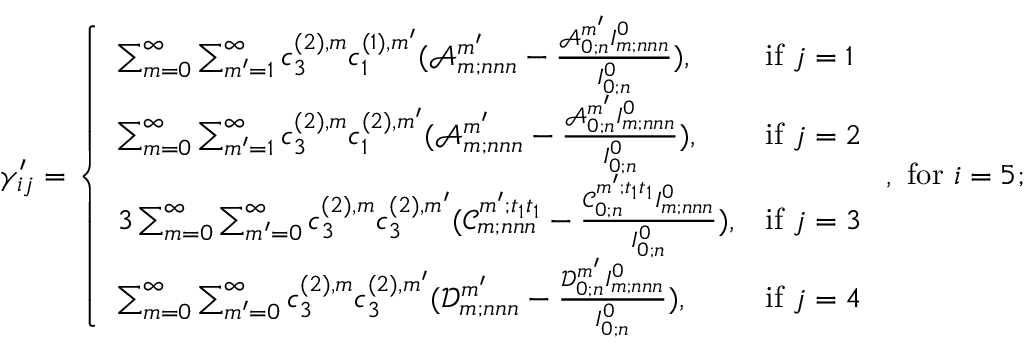
\gamma _ { i j } ^ { \prime } = \left\{ \begin{array} { l l } { \sum _ { m = 0 } ^ { \infty } \sum _ { m ^ { \prime } = 1 } ^ { \infty } c _ { 3 } ^ { ( 2 ) , m } c _ { 1 } ^ { ( 1 ) , m ^ { \prime } } ( \mathscr { A } _ { m ; n n n } ^ { m ^ { \prime } } - \frac { \mathscr { A } _ { 0 ; n } ^ { m ^ { \prime } } I _ { m ; n n n } ^ { 0 } } { I _ { 0 ; n } ^ { 0 } } ) , } & { \mathrm { i f ~ } j = 1 } \\ { \sum _ { m = 0 } ^ { \infty } \sum _ { m ^ { \prime } = 1 } ^ { \infty } c _ { 3 } ^ { ( 2 ) , m } c _ { 1 } ^ { ( 2 ) , m ^ { \prime } } ( \mathscr { A } _ { m ; n n n } ^ { m ^ { \prime } } - \frac { \mathscr { A } _ { 0 ; n } ^ { m ^ { \prime } } I _ { m ; n n n } ^ { 0 } } { I _ { 0 ; n } ^ { 0 } } ) , } & { \mathrm { i f ~ } j = 2 } \\ { 3 \sum _ { m = 0 } ^ { \infty } \sum _ { m ^ { \prime } = 0 } ^ { \infty } c _ { 3 } ^ { ( 2 ) , m } c _ { 3 } ^ { ( 2 ) , m ^ { \prime } } ( \mathscr { C } _ { m ; n n n } ^ { m ^ { \prime } ; t _ { 1 } t _ { 1 } } - \frac { \mathscr { C } _ { 0 ; n } ^ { m ^ { \prime } ; t _ { 1 } t _ { 1 } } I _ { m ; n n n } ^ { 0 } } { I _ { 0 ; n } ^ { 0 } } ) , } & { \mathrm { i f ~ } j = 3 } \\ { \sum _ { m = 0 } ^ { \infty } \sum _ { m ^ { \prime } = 0 } ^ { \infty } c _ { 3 } ^ { ( 2 ) , m } c _ { 3 } ^ { ( 2 ) , m ^ { \prime } } ( \mathscr { D } _ { m ; n n n } ^ { m ^ { \prime } } - \frac { \mathscr { D } _ { 0 ; n } ^ { m ^ { \prime } } I _ { m ; n n n } ^ { 0 } } { I _ { 0 ; n } ^ { 0 } } ) , } & { \mathrm { i f ~ } j = 4 } \end{array} \right. , \mathrm { ~ f o r ~ } i = 5 ;